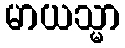
မာယသ္မာ